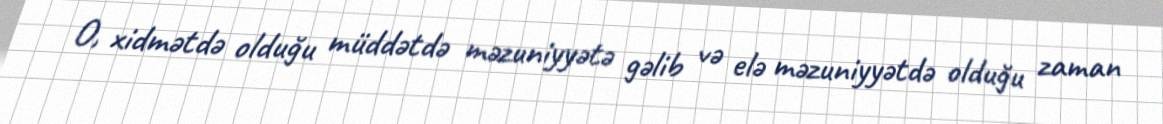
O, xidmətdə olduğu müddətdə məzuniyyətə gəlib və elə məzuniyyətdə olduğu zaman